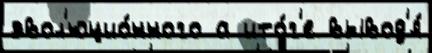
эвол'юцио́нного а ито́г'е вывод'я́